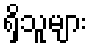
ရှိသူများ